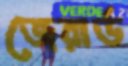
জেরার্ড